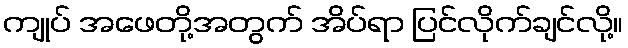
ကျုပ် အဖေတို့အတွက် အိပ်ရာ ပြင်လိုက်ချင်လို့။